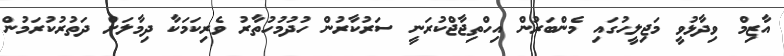
އާޒިމް ވިދާޅުވީ މަޖިލީހުގައި މެންބަރުން އިހްތިޖާޖްކުރަނީ ސަރުކާރުން ހުދުމުހުތާރު ވެރިކަމަކާ ދިމާލަށް ދަތުރުކުރަމުން